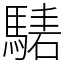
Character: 騞